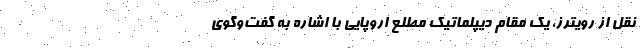
نقل از رویترز، یک مقام دیپلماتیک مطلع اروپایی با اشاره به گفت‌وگوی